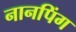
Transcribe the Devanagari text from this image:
नानपिंग